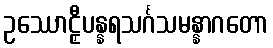
ဥဿောဠှီပန္နရသင်္ဂသမန္နာဂတော